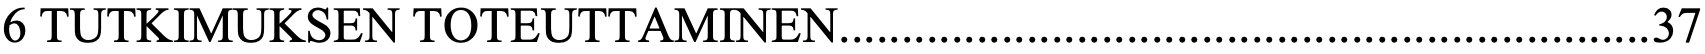
6 TUTKIMUKSEN TOTEUTTAMINEN................................................................. 37